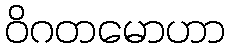
ဝိဂတမောဟာ